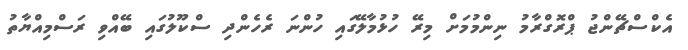
އެކްސްޗޭންޖު ޕްރޮގްރާމު ނިންމުމަށް މިރޭ ހުޅުމާލޭގައި ހުންނަ ރެހެންދި ސްކޫލުގައި ބޭއްވި ރަސްމިއްޔާތު